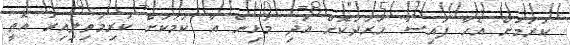
ކުރުމަށް އެހާ ފައިސާ ހަރަދުކޮށް އަދި މުޅިން އާ ކަމަކަށް ކުރިމަތިލިއިރު އޮތީ